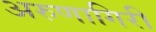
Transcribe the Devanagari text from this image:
अरुणागिरी